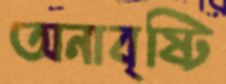
অনাবৃষ্টি